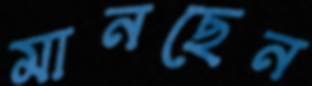
মানছেন